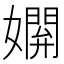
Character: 𡢸